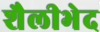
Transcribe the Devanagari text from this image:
शैलीभेद